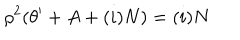
\rho ^ { 2 } ( \theta ^ { \prime } + A + ( i ) N ) = ( i ) N